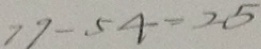
7 9 - 5 4 = 2 5